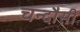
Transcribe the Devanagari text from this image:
चन्‍दौसी